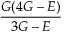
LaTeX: \frac { G ( 4 G - E ) } { 3 G - E }